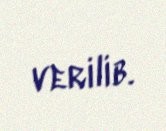
verilib.